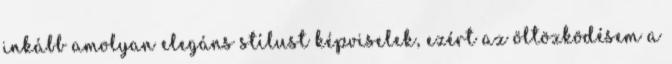
inkább amolyan elegáns stílust képviselek, ezért az öltözködésem a